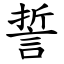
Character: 誓